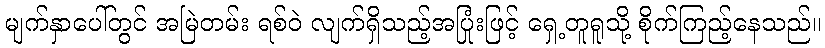
မျက်နှာပေါ်တွင် အမြဲတမ်း ရစ်ဝဲ လျက်ရှိသည့်အပြုံးဖြင့် ရှေ့တူရူသို့ စိုက်ကြည့်နေသည်။